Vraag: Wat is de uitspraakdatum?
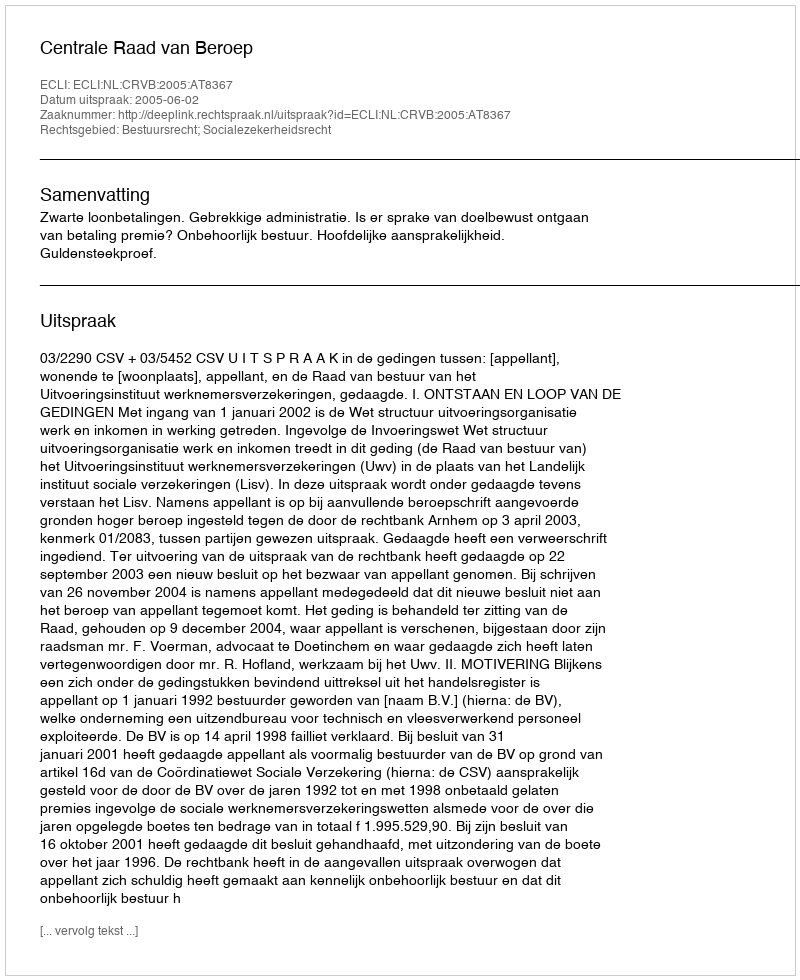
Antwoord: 2005-06-02